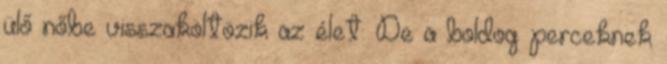
ülő nőbe visszaköltözik az élet. De a boldog perceknek